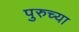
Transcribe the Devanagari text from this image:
पुरुच्या